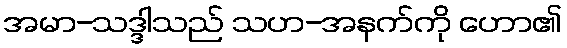
အမာ-သဒ္ဒါသည် သဟ-အနက်ကို ဟော၏